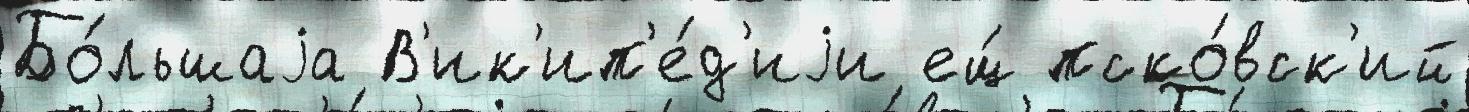
Бо́льшаjа В'ик'ип'е́д'иjи ещ́ пско́вск'ий